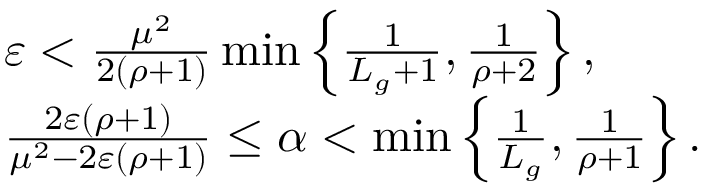
\begin{array} { r l } & { \varepsilon < \frac { \mu ^ { 2 } } { 2 \left( \rho + 1 \right) } \operatorname* { m i n } \left\{ \frac { 1 } { L _ { g } + 1 } , \frac { 1 } { \rho + 2 } \right\} , } \\ & { \frac { 2 \varepsilon ( \rho + 1 ) } { \mu ^ { 2 } - 2 \varepsilon ( \rho + 1 ) } \le \alpha < \operatorname* { m i n } \left\{ \frac { 1 } { L _ { g } } , \frac { 1 } { \rho + 1 } \right\} . } \end{array}